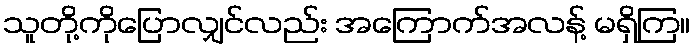
သူတို့ကိုပြောလျှင်လည်း အကြောက်အလန့် မရှိကြ။